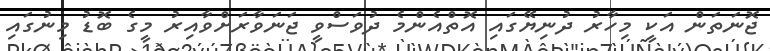
ޖޮނަތަން އަކީ މިހާރު ދުނިޔޭގައި އޮތްއެންމެ ދުވަސްވީ ޖަނަވާރަށްވާއިރު މީގެ ބޮޑު މިނުގައި